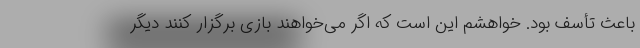
باعث تأسف بود. خواهشم این است که اگر می‌خواهند بازی برگزار کنند دیگر